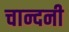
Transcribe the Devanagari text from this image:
चान्दनी